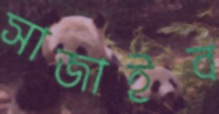
সাজাইব